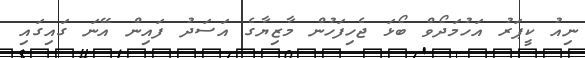
ނިއު ކީޕަރު އަހުމަދޯވް ބޯޅަ ޖެހިފަހުން މާޒިޔާގެ އަސަދު ފައިން އޭނަ ގައިގައި